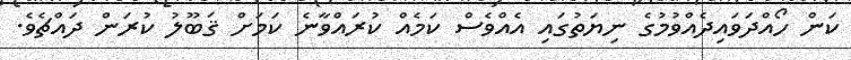
ކަން ހޯއްދަވައިދެއްވުމުގެ ނިޔަތުގައި އެއްވެސް ކަމެއް ކުރައްވާނެ ކަމަށް ޤަބޫލު ކުރަން ދައްޗެވެ.